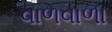
વાળવાળા